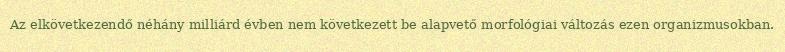
Az elkövetkezendő néhány milliárd évben nem következett be alapvető morfológiai változás ezen organizmusokban.